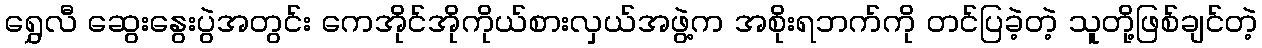
ရွှေလီ ဆွေးနွေးပွဲအတွင်း ကေအိုင်အိုကိုယ်စားလှယ်အဖွဲ့က အစိုးရဘက်ကို တင်ပြခဲ့တဲ့ သူတို့ဖြစ်ချင်တဲ့